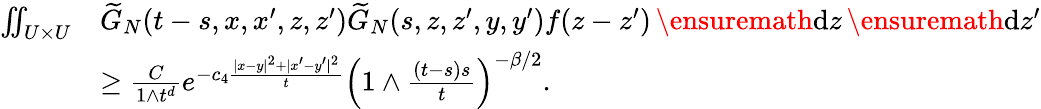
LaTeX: \begin{array}{rl}{\iint_{U\times U}}&{\widetilde{G}_{N}(t-s,x,x^{\prime},z,z^{\prime})\widetilde{G}_{N}(s,z,z^{\prime},y,y^{\prime})f(z-z^{\prime})\, \ensuremath{\mathrm{d}}z\, \ensuremath{\mathrm{d}}z^{\prime}}\\ &{\ge\frac{C}{1\wedge t^{d}}e^{-c_{4}\frac{|x-y|^{2}+|x^{\prime}-y^{\prime}|^{2}}{t}}\left(1\wedge\frac{(t-s)s}{t}\right)^{-\beta/2}.}\end{array}